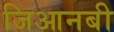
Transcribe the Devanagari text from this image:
जिआनबी